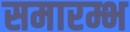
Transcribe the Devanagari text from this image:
समारम्भ